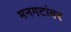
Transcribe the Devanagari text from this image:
मनगटांवर